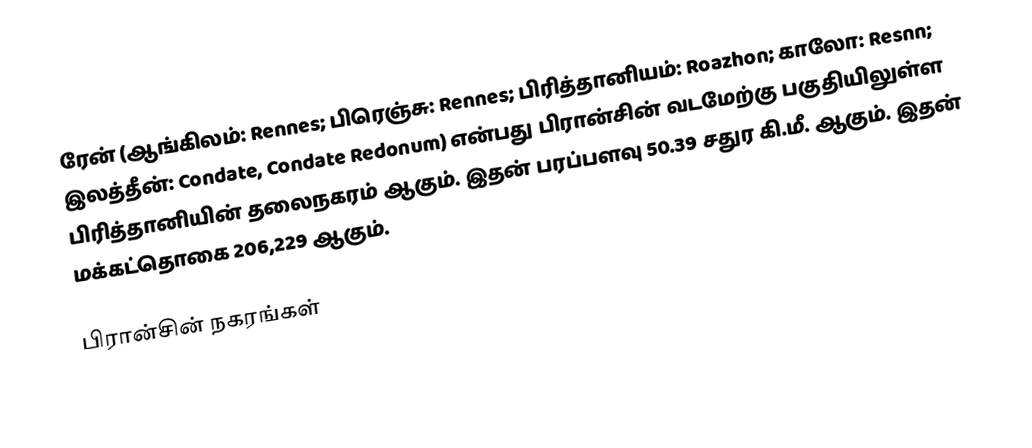
ரேன் (ஆங்கிலம்: Rennes; பிரெஞ்சு: Rennes; பிரித்தானியம்: Roazhon; காலோ: Resnn; இலத்தீன்: Condate, Condate Redonum) என்பது பிரான்சின் வடமேற்கு பகுதியிலுள்ள பிரித்தானியின் தலைநகரம் ஆகும். இதன் பரப்பளவு 50.39 சதுர கி.மீ. ஆகும். இதன் மக்கட்தொகை 206,229 ஆகும்.

பிரான்சின் நகரங்கள்